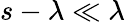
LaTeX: s-\lambda\ll\lambda